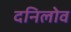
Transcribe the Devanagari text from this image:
दनिलोव